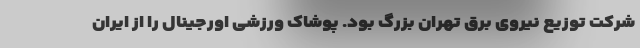
شرکت توزیع نیروی برق تهران بزرگ بود. پوشاک ورزشی اورجینال را از ایران